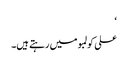
‘
علی کولمبو میں رہتے ہیں۔